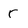
Character: r